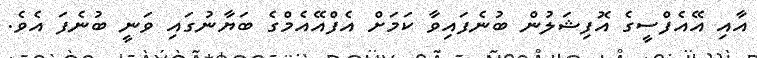
އާއި އޭއެފްސީގެ އޮފިޝަލުން ބުނެފައިވާ ކަމަށް އެފްއޭއެމްގެ ބަޔާނުގައި ވަނީ ބުނެފަ އެވެ.